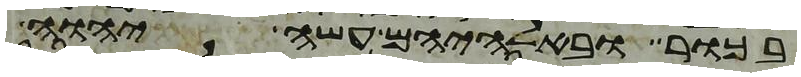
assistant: בכור ובאלהיהם עשה יהוה